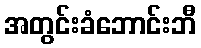
အတွင်းခံဘောင်းဘီ